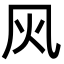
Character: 㶡